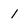
Character: 1